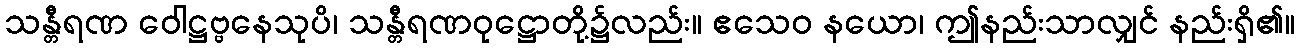
သန္တီရဏ ဝေါဋ္ဌဗ္ဗနေသုပိ၊ သန္တီရဏဝုဋ္ဌောတို့၌လည်း။ ဧသေဝ နယော၊ ဤနည်းသာလျှင် နည်းရှိ၏။